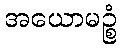
အယောမဉ္စံ